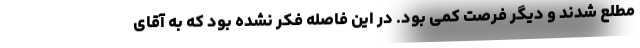
مطلع شدند و دیگر فرصت کمی بود. در این فاصله فکر نشده بود که به آقای